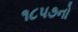
૧૮૫૭નો